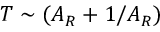
T \sim ( A _ { R } + 1 / A _ { R } )